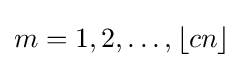
m=1,2,\dots ,\left\lfloor cn\right\rfloor